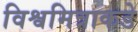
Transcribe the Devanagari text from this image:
विश्वमित्राकडे